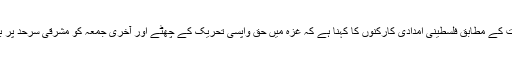
فلسطین نیوز کو موصول ہونے والی اطلاعات کے مطابق فلسطینی امدادی کارکنوں کا کہنا ہے کہ غزہ میں حق واپسی تحریک کے چھٹے اور آخری جمعہ کو مشرقی سرحد پر بڑی تعداد میں شہریوں نے ریلیاں نکالی ہیں۔